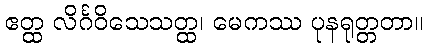
ဧတ္ထ လိင်္ဂဝိသေသတ္ထ၊ မေကဿ ပုနရုတ္တတာ။